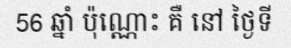
56 ឆ្នាំ ប៉ុណ្ណោះ គឺ នៅ ថ្ងៃទី